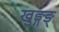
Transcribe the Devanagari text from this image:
खुङ्गङ्